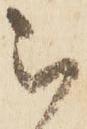
被